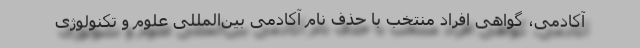
آکادمی، گواهی افراد منتخب با حذف نام آکادمی بین‌المللی علوم و تکنولوژی